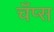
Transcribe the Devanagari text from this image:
चँप्स